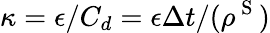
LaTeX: \kappa=\epsilon/C_{d}=\epsilon\Delta t/(\rho^{\mathrm{~S~}})